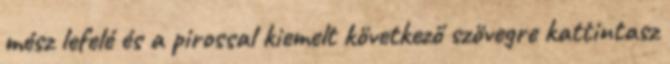
mész lefelé és a pirossal kiemelt következő szövegre kattintasz